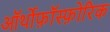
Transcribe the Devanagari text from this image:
ऑर्थोफ़ॉस्फ़ोरिक